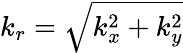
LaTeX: k_{r}=\sqrt{k_{x}^{2}+k_{y}^{2}}